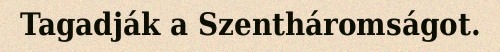
Tagadják a Szentháromságot.